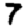
Digit: 7